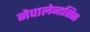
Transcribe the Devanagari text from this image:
नेपालेनासिस